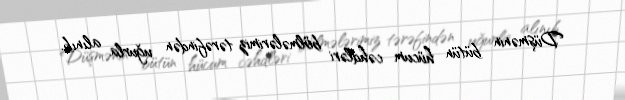
Düşmənin bütün hücum cəhdləri bölmələrimiz tərəfindən uğurla alınıb.